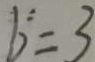
b = 3